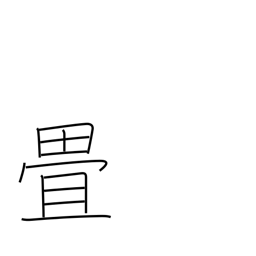
Meaning: counter for tatami mats